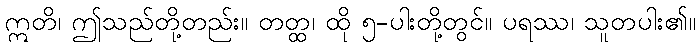
ဣတိ၊ ဤသည်တို့တည်း။ တတ္ထ၊ ထို ၅-ပါးတို့တွင်။ ပရဿ၊ သူတပါး၏။